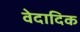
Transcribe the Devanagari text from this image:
वेदादिक